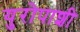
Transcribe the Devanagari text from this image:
युरोपाशी